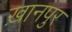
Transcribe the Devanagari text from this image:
ख़ानपुर